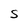
Character: S